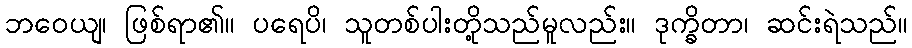
ဘဝေယျ၊ ဖြစ်ရာ၏။ ပရေပိ၊ သူတစ်ပါးတို့သည်မူလည်း။ ဒုက္ခိတာ၊ ဆင်းရဲသည်။